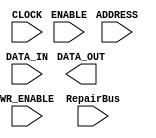

module CDK_S256x16(ADDRESS, DATA_IN, DATA_OUT, ENABLE, WR_ENABLE,
     CLOCK, RepairBus);
  input [11:0] RepairBus;
  input [7:0] ADDRESS;
  input [15:0] DATA_IN;
  input ENABLE, WR_ENABLE, CLOCK;
  output [15:0] DATA_OUT;

endmodule